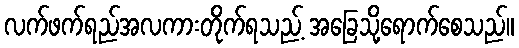
လက်ဖက်ရည်အလကားတိုက်ရသည့် အခြေသို့ရောက်စေသည်။